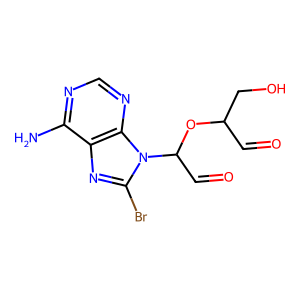
SMILES: Nc1ncnc2c1nc(Br)n2C(C=O)OC(C=O)CO
Inhibits HIV replication: No